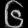
Digit: ၆